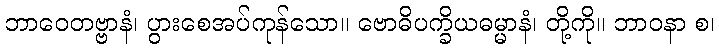
ဘာဝေတဗ္ဗာနံ၊ ပွားစေအပ်ကုန်သော။ ဗောဓိပက္ခိယဓမ္မာနံ၊ တို့ကို။ ဘာဝနာ စ၊